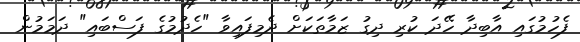
ފެހުމުގައި އާބިދާ ހޭދަ ކުރި ދިގު ޒަމާތަކަށް ދެމިފައިވާ "ހެދުމުގެ ފަސްބައި" ދަމަމުން